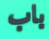
باب